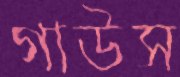
গাউস